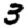
Digit: 3